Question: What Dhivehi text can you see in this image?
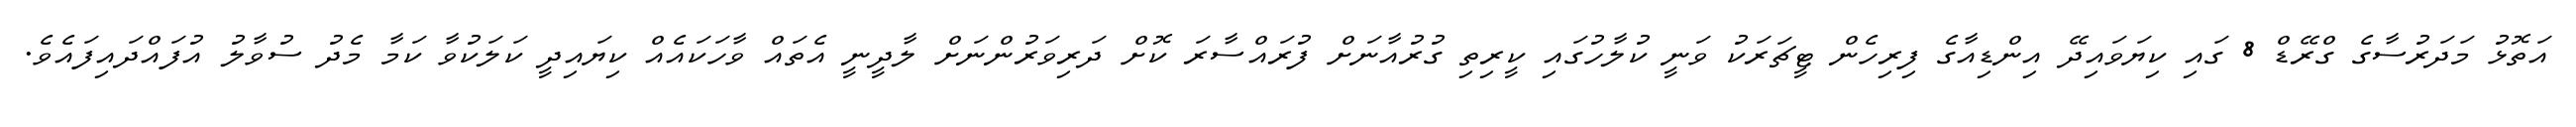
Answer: އަތޮޅު މަދަރުސާގެ ގްރޭޑް 8 ގައި ކިޔަވައިދޭ އިންޑިއާގެ ފިރިހެން ޓީޗަރަކު ވަނީ ކުލާހުގައި ކީރިތި ގުރުއާނަށް ފުރައްސާރަ ކޮށް ދަރިވަރުންނަށް ލާދީނީ އެތައް ވާހަކައެއް ކިޔައިދީ ކަލަކުވާ ކަމާ މެދު ސުވާލު އުފައްދައިފައެވެ.